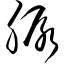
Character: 脲